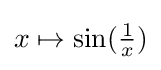
{\textstyle x\mapsto \sin({\frac {1}{x}})}